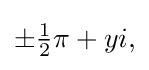
{\textstyle \pm {\tfrac {1}{2}}\pi +yi,}